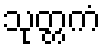
သုတ္တကံ